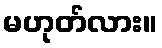
မဟုတ်လား။